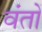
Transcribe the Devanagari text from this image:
वंतों